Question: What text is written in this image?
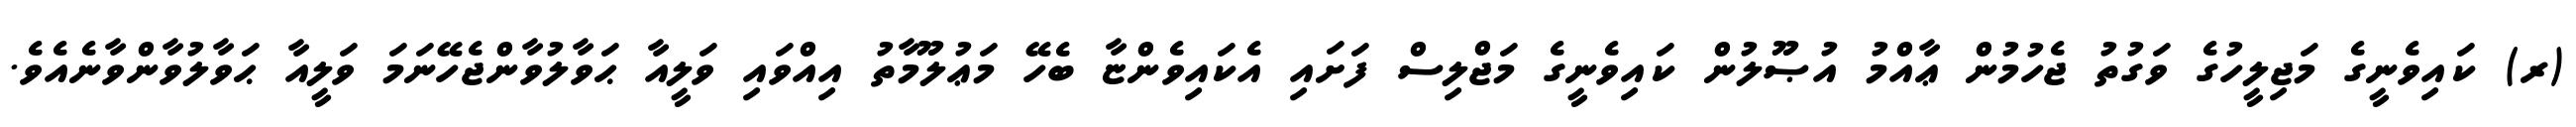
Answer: (ރ) ކައިވެނީގެ މަޖިލީހުގެ ވަގުތު ޖެހުމުން ޢާއްމު އުޞޫލުން ކައިވެނީގެ މަޖްލިސް ފަށައި އެކައިވެންޏާ ބެހޭ މަޢުލޫމާތު އިއްވައި ވަލީއާ ޙަވާލުވާންޖެހޭނަމަ ވަލީއާ ޙަވާލުވާންވާނެއެވެ.